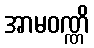
အာမဝဏ္ဏိ